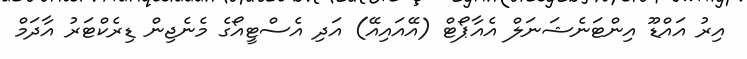
އިރު އައްޑޫ އިންޓަނެޝަނަލް އެއާޕޯޓް (އޭއައިއޭ) އަދި އެސްޓީއޯގެ މެނެޖިން ޑިރެކްޓަރު އާދަމް